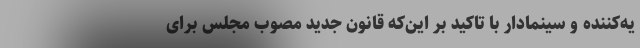
یه‌کننده و سینمادار با تاکید بر این‌که قانون جدید مصوب مجلس برای